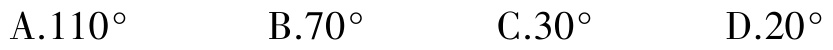
A.$110^{\circ}$  B.$70^{\circ}$  C.$30^{\circ}$  D.$20^{\circ}$